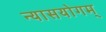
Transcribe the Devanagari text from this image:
न्यासयोगम्